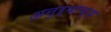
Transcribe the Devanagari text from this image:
अनुर्वाच्य